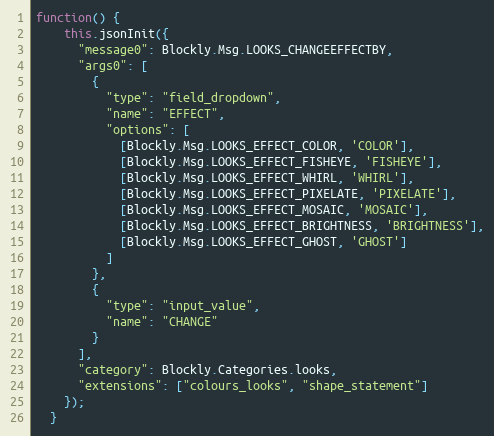
Language: JavaScript
function() {
    this.jsonInit({
      "message0": Blockly.Msg.LOOKS_CHANGEEFFECTBY,
      "args0": [
        {
          "type": "field_dropdown",
          "name": "EFFECT",
          "options": [
            [Blockly.Msg.LOOKS_EFFECT_COLOR, 'COLOR'],
            [Blockly.Msg.LOOKS_EFFECT_FISHEYE, 'FISHEYE'],
            [Blockly.Msg.LOOKS_EFFECT_WHIRL, 'WHIRL'],
            [Blockly.Msg.LOOKS_EFFECT_PIXELATE, 'PIXELATE'],
            [Blockly.Msg.LOOKS_EFFECT_MOSAIC, 'MOSAIC'],
            [Blockly.Msg.LOOKS_EFFECT_BRIGHTNESS, 'BRIGHTNESS'],
            [Blockly.Msg.LOOKS_EFFECT_GHOST, 'GHOST']
          ]
        },
        {
          "type": "input_value",
          "name": "CHANGE"
        }
      ],
      "category": Blockly.Categories.looks,
      "extensions": ["colours_looks", "shape_statement"]
    });
  }